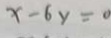
x - 6 y = 0